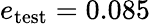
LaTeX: e_{\mathrm{test}}=0.085